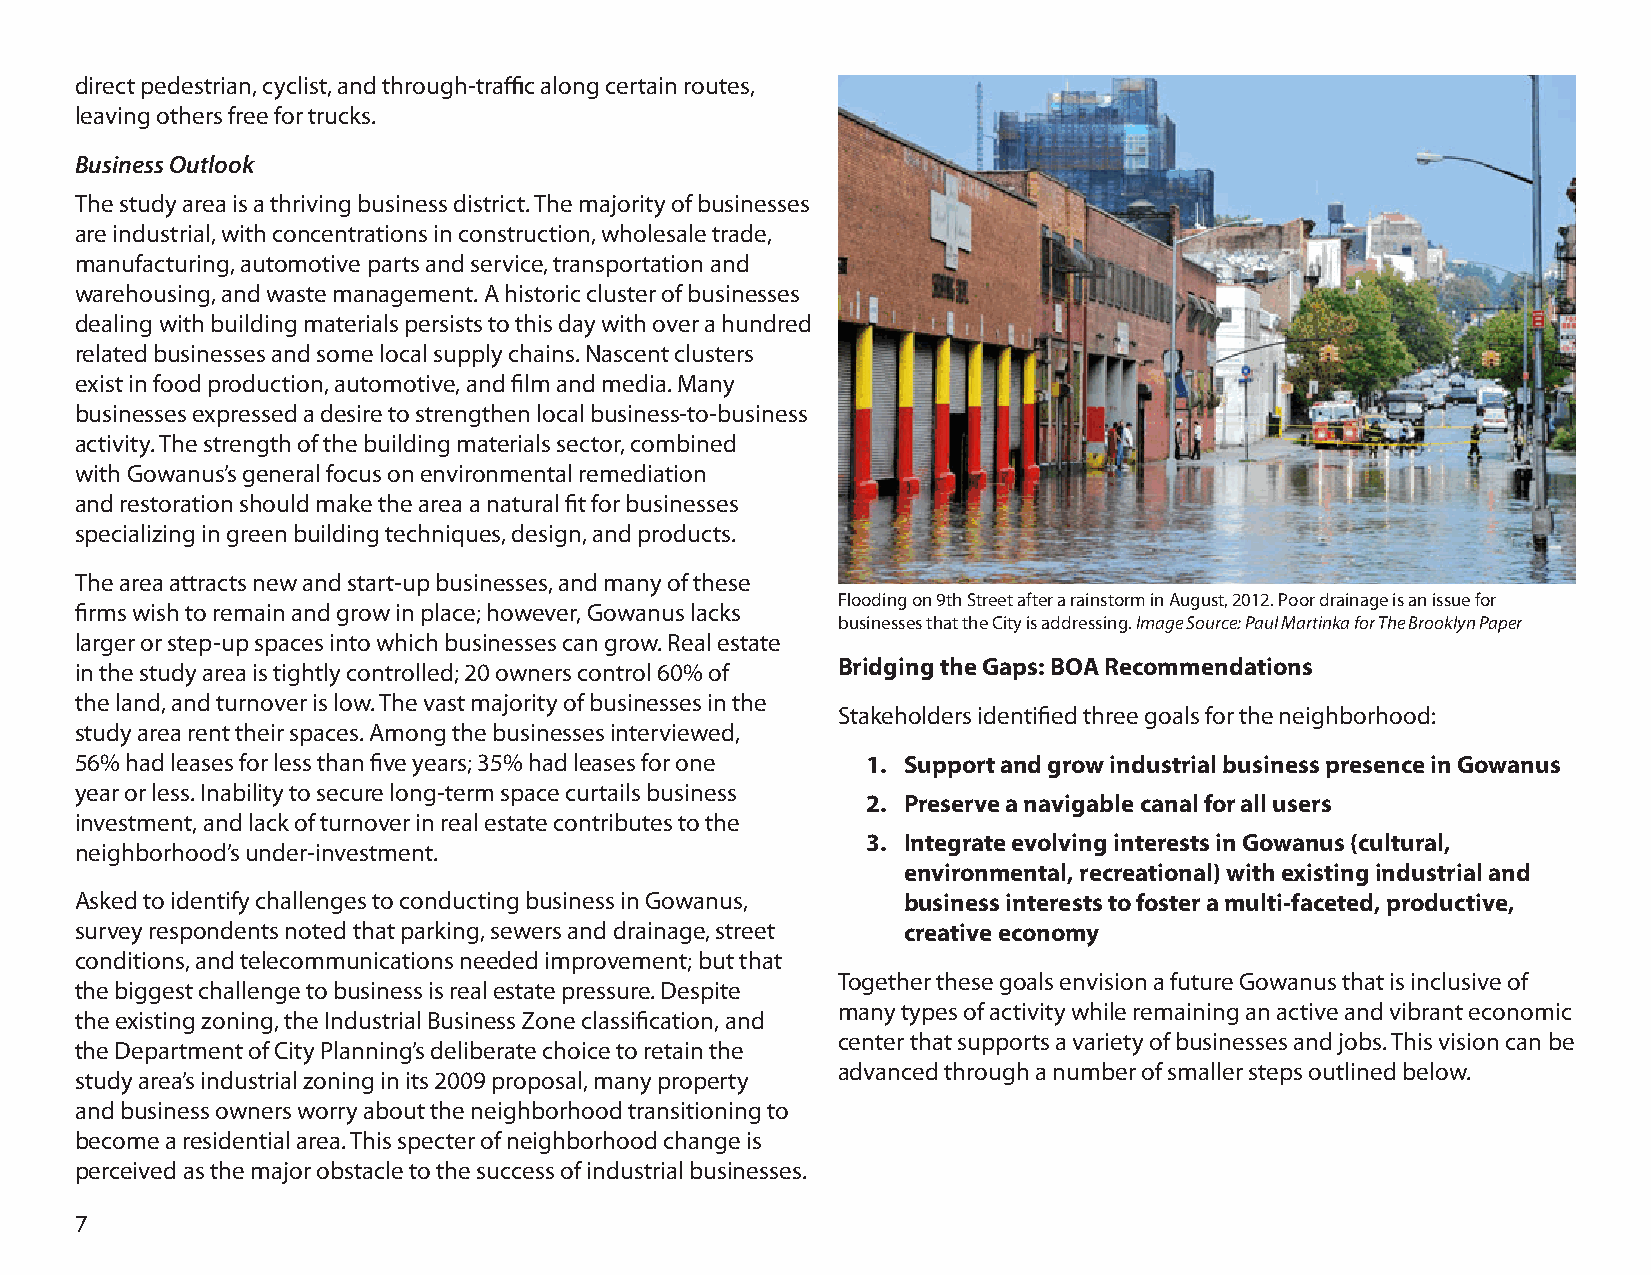
direct pedestrian, cyclist, and through-traffic along certain routes,
 leaving others free for trucks.
 Business Outlook
 The study area is a thriving business district. The majority of businesses
 are industrial, with concentrations in construction, wholesale trade,
 manufacturing, automotive parts and service, transportation and
 warehousing, and waste management. A historic cluster of businesses
 dealing with building materials persists to this day with over a hundred
 related businesses and some local supply chains. Nascent clusters
 exist in food production, automotive, and film and media. Many
 businesses expressed a desire to strengthen local business-to-business
 activity. The strength of the building materials sector, combined
 with Gowanus’s general focus on environmental remediation
 and restoration should make the area a natural fit for businesses
 specializing in green building techniques, design, and products.
 The area attracts new and start-up businesses, and many of these
 Flooding on 9th Street after a rainstorm in August, 2012. Poor drainage is an issue for
 firms wish to remain and grow in place; however, Gowanus lacks
 businesses that the City is addressing. Image Source: Paul Martinka for The Brooklyn Paper
 larger or step-up spaces into which businesses can grow. Real estate
 in the study area is tightly controlled; 20 owners control 60% of Bridging the Gaps: BOA Recommendations
 the land, and turnover is low. The vast majority of businesses in the
 Stakeholders identified three goals for the neighborhood:
 study area rent their spaces. Among the businesses interviewed,
 56% had leases for less than five years; 35% had leases for one 1. Support and grow industrial business presence in Gowanus
 year or less. Inability to secure long-term space curtails business
 2. Preserve a navigable canal for all users
 investment, and lack of turnover in real estate contributes to the
 3. Integrate evolving interests in Gowanus (cultural,
 neighborhood’s under-investment.
 environmental, recreational) with existing industrial and
 Asked to identify challenges to conducting business in Gowanus, business interests to foster a multi-faceted, productive,
 survey respondents noted that parking, sewers and drainage, street creative economy
 conditions, and telecommunications needed improvement; but that
 Together these goals envision a future Gowanus that is inclusive of
 the biggest challenge to business is real estate pressure. Despite
 many types of activity while remaining an active and vibrant economic
 the existing zoning, the Industrial Business Zone classification, and
 center that supports a variety of businesses and jobs. This vision can be
 the Department of City Planning’s deliberate choice to retain the
 advanced through a number of smaller steps outlined below.
 study area’s industrial zoning in its 2009 proposal, many property
 and business owners worry about the neighborhood transitioning to
 become a residential area. This specter of neighborhood change is
 perceived as the major obstacle to the success of industrial businesses.
 7